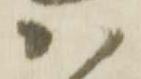
ハ